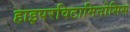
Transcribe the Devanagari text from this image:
हाइपरविटामिनोसिस